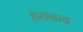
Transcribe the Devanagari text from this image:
हराबाद